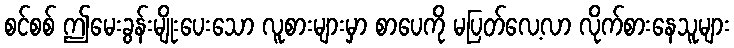
စင်စစ် ဤမေးခွန်းမျိုးပေးသော လူစားများမှာ စာပေကို မပြတ်လေ့လာ လိုက်စားနေသူများ